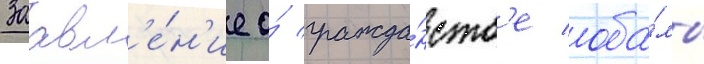
Заавл'е́н'ие о́ гражда́нств'е оба́мы